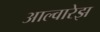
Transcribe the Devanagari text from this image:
आल्वारेझ